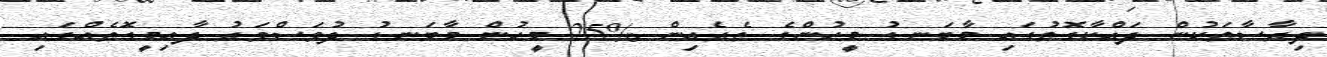
ދިރާސާތަކުން ދައްކާގޮތުގައި މާބަނޑު މީހުންގެ ތެރެއިން %25 މީހުން މާބަނޑު ދުވަސްވަރު ދާއިމީގޮތެއްގައި